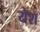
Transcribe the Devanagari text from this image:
येश